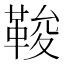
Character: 𩊻